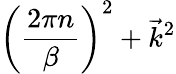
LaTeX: \biggl({\frac{2\pi n}{\beta}}\biggr)^{2}+\vec{k}^{2}